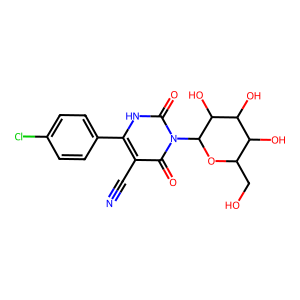
SMILES: N#Cc1c(-c2ccc(Cl)cc2)[nH]c(=O)n(C2OC(CO)C(O)C(O)C2O)c1=O
Inhibits HIV replication: No